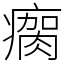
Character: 瘸